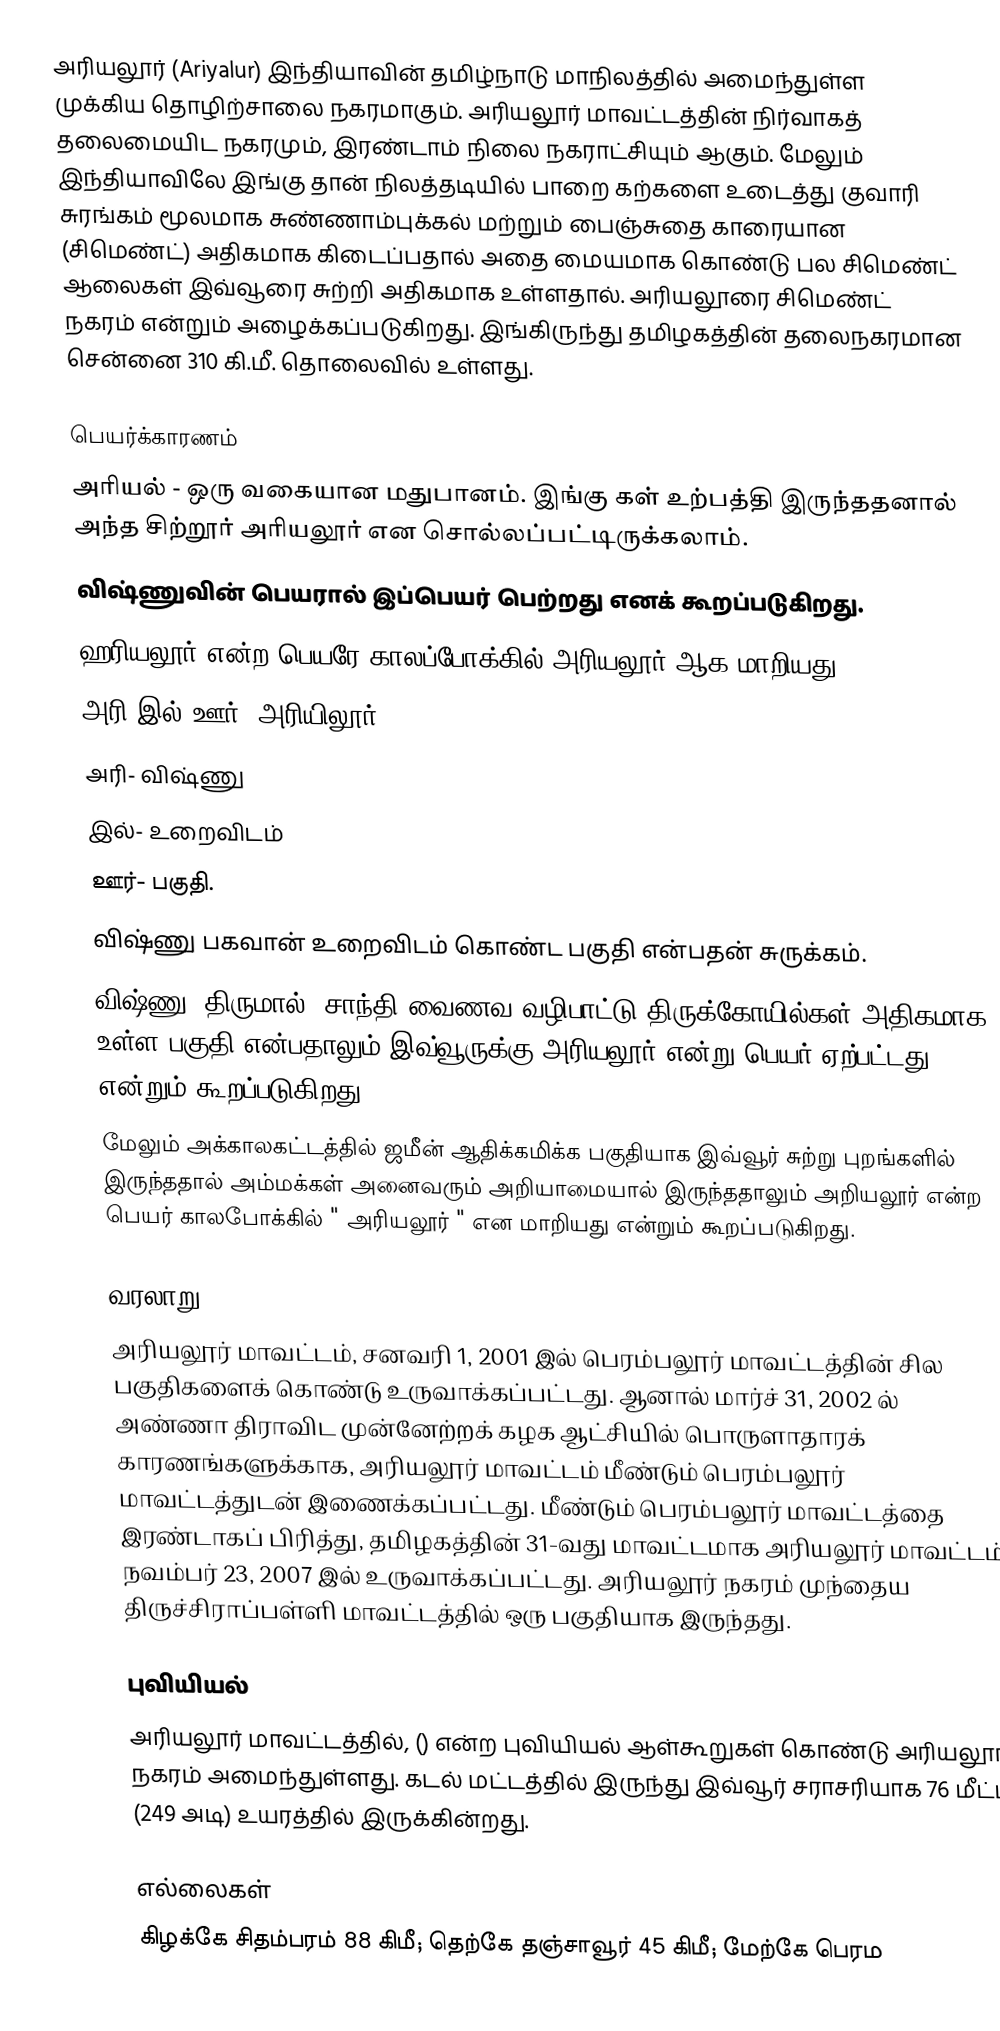
அரியலூர் (Ariyalur) இந்தியாவின் தமிழ்நாடு மாநிலத்தில் அமைந்துள்ள முக்கிய தொழிற்சாலை நகரமாகும். அரியலூர் மாவட்டத்தின் நிர்வாகத் தலைமையிட நகரமும், இரண்டாம் நிலை நகராட்சியும் ஆகும். மேலும் இந்தியாவிலே இங்கு தான் நிலத்தடியில் பாறை கற்களை உடைத்து குவாரி சுரங்கம் மூலமாக சுண்ணாம்புக்கல் மற்றும் பைஞ்சுதை காரையான (சிமெண்ட்) அதிகமாக கிடைப்பதால் அதை மையமாக கொண்டு பல சிமெண்ட் ஆலைகள் இவ்வூரை சுற்றி அதிகமாக உள்ளதால். அரியலூரை சிமெண்ட் நகரம் என்றும் அழைக்கப்படுகிறது. இங்கிருந்து தமிழகத்தின் தலைநகரமான சென்னை 310 கி.மீ. தொலைவில் உள்ளது.

பெயர்க்காரணம்
 அரியல் - ஒரு வகையான மதுபானம். இங்கு கள் உற்பத்தி இருந்ததனால் அந்த சிற்றூர் அரியலூர் என சொல்லப்பட்டிருக்கலாம்.
 விஷ்ணுவின் பெயரால் இப்பெயர் பெற்றது எனக் கூறப்படுகிறது.
 ஹரியலூர் என்ற பெயரே காலப்போக்கில் அரியலூர் ஆக மாறியது.
 அரி+இல்+ஊர்= அரியிலூர்.
 அரி- விஷ்ணு
 இல்- உறைவிடம்
 ஊர்- பகுதி.
 விஷ்ணு பகவான் உறைவிடம் கொண்ட பகுதி என்பதன் சுருக்கம்.
 விஷ்ணு (திருமால்) சாந்தி வைணவ வழிபாட்டு திருக்கோயில்கள் அதிகமாக உள்ள பகுதி என்பதாலும் இவ்வூருக்கு அரியலூர் என்று பெயர் ஏற்பட்டது என்றும் கூறப்படுகிறது.
 மேலும் அக்காலகட்டத்தில் ஜமீன் ஆதிக்கமிக்க பகுதியாக இவ்வூர் சுற்று புறங்களில் இருந்ததால் அம்மக்கள் அனைவரும் அறியாமையால் இருந்ததாலும் அறியலூர் என்ற பெயர் காலபோக்கில் " அரியலூர் " என மாறியது என்றும் கூறப்படுகிறது.

வரலாறு
அரியலூர் மாவட்டம், சனவரி 1, 2001 இல் பெரம்பலூர் மாவட்டத்தின் சில பகுதிகளைக் கொண்டு உருவாக்கப்பட்டது. ஆனால் மார்ச் 31, 2002 ல் அண்ணா திராவிட முன்னேற்றக் கழக ஆட்சியில் பொருளாதாரக் காரணங்களுக்காக, அரியலூர் மாவட்டம் மீண்டும் பெரம்பலூர் மாவட்டத்துடன் இணைக்கப்பட்டது. மீண்டும் பெரம்பலூர் மாவட்டத்தை இரண்டாகப் பிரித்து, தமிழகத்தின் 31-வது மாவட்டமாக அரியலூர் மாவட்டம் நவம்பர் 23, 2007 இல் உருவாக்கப்பட்டது. அரியலூர் நகரம் முந்தைய திருச்சிராப்பள்ளி மாவட்டத்தில் ஒரு பகுதியாக இருந்தது.

புவியியல்
அரியலூர் மாவட்டத்தில், () என்ற புவியியல் ஆள்கூறுகள் கொண்டு அரியலூர் நகரம் அமைந்துள்ளது. கடல் மட்டத்தில் இருந்து இவ்வூர் சராசரியாக 76 மீட்டர் (249 அடி) உயரத்தில் இருக்கின்றது.

எல்லைகள்
கிழக்கே சிதம்பரம் 88 கிமீ; தெற்கே தஞ்சாவூர் 45 கிமீ; மேற்கே பெரம